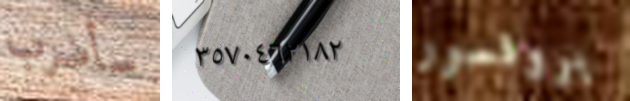
سأضرب ٣٥٧٠٤٦٢١٨٢ بروفسور